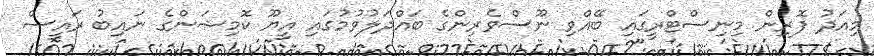
މިއަދު ފޮރިން މިނިސްޓްރީގައި ބޭއްވި ނޫސްވެރިންގެ ބައްދަލުވުމުގައި އީޔޫ ކޮމިޝަންގެ ނައިބު ރައީސް